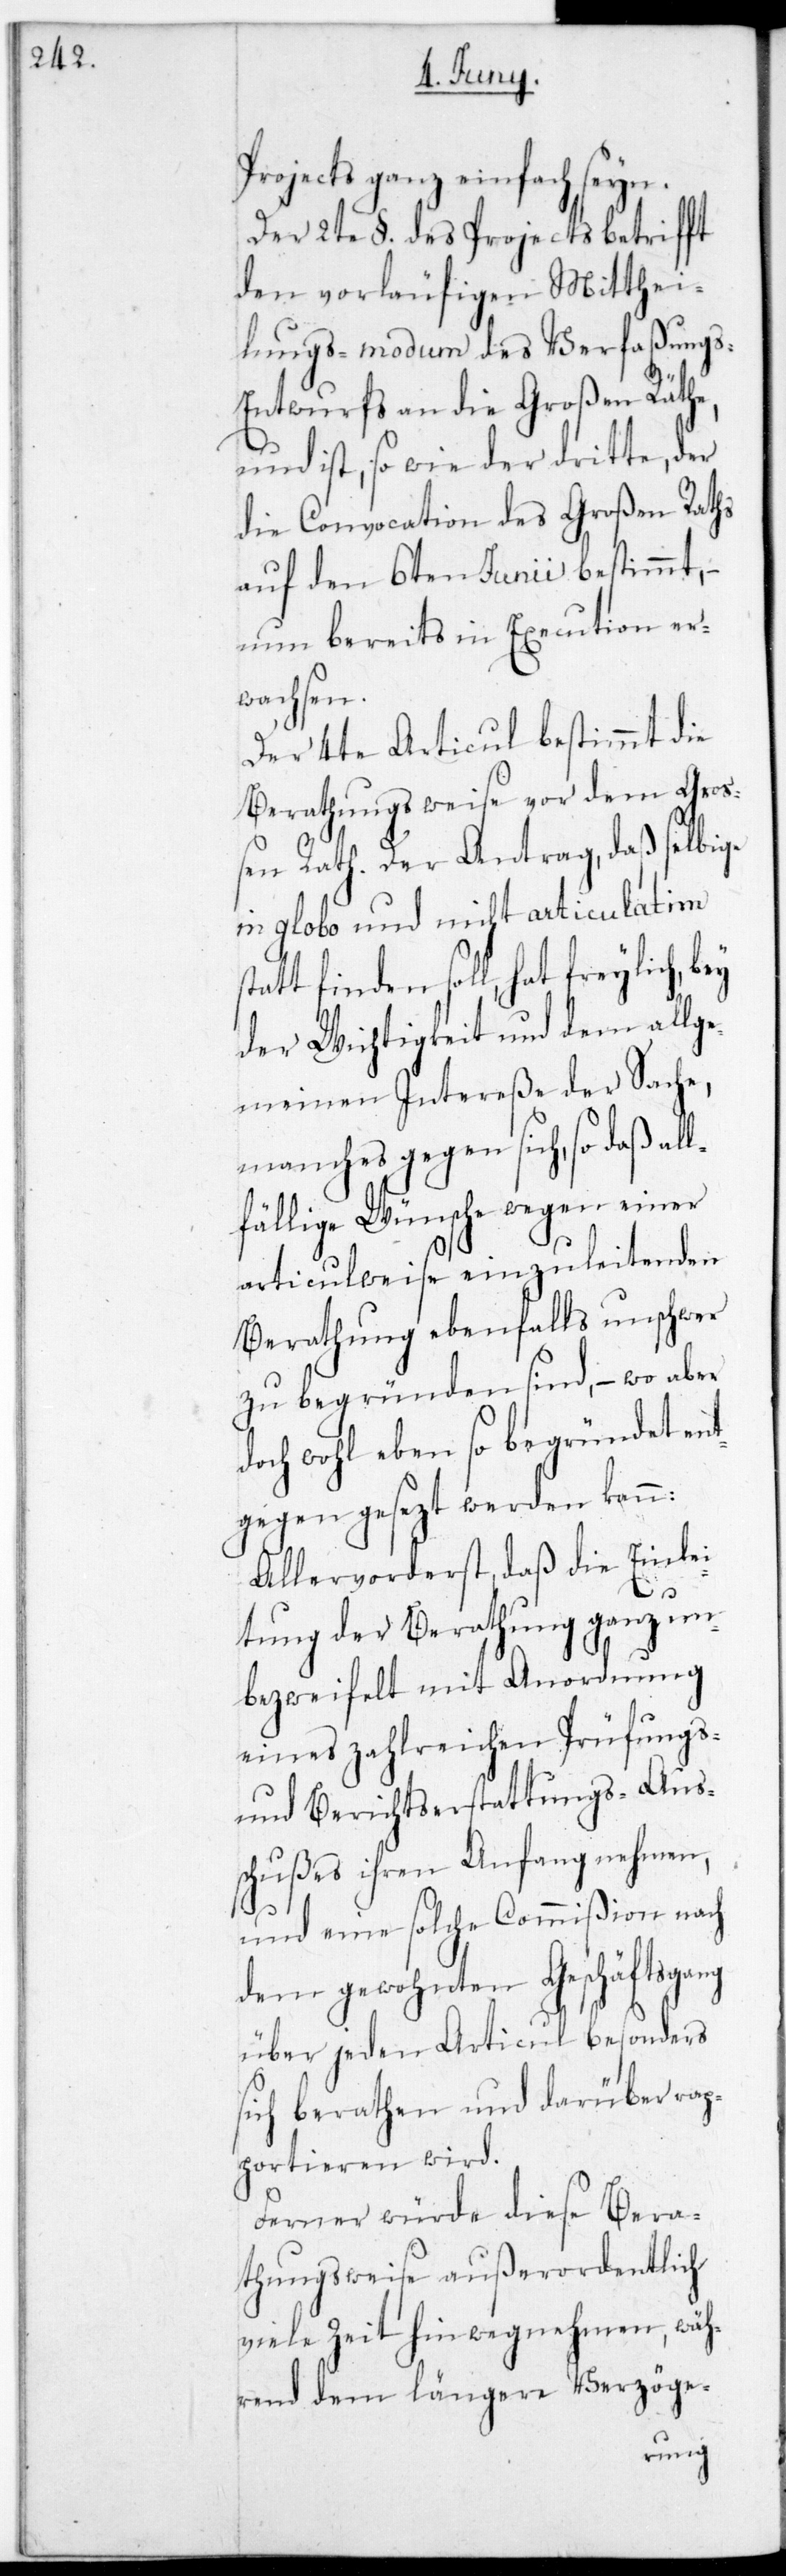
Projects ganz einfach sein.
zweyte §. des Projects betrifft
den vorläufigen Mitthei¬
lungs-modum des Verfaßung¬
s-Entwurfs an die Großen Räthe,
und ist, so wie der dritte, der
die Convocation des Großen Raths
auf den 6ten Junii bestimmt, –
nun bereits in Execution er¬
wachsen.
vierte Articul bestimmt die
Berathungsweise vor dem Groß¬
en Rath. Der Antrag, daß selbige
in globo und nicht articulatim
tattfinden soll, hat freilich,
der Wichtigkeit und dem allge¬
meinen Intereße der Sache,
manches gegen sich, so daß all¬
fählige Wünsche wegen einer
articulweise einzuleitenden
Berathung ebenfalls unschwer
zu begründen sind, – wo aber
doch wohl eben so begründet ent¬
gegengesezt werden kann:
Allervorderst daß die Einlei¬
s¬
tung der Berathung ganz un¬
bezweifelt mit Anordnung
eines zahlreichen Prüfungs-
und Berichtserstattungs-Auß¬
chußes ihren Anfang nehmen,
und eine solche Commißion nach
dem gewohnten Geschäftsgang
über jeden Articul besonders
sich beraten und darüber rap¬
portieren wird.
Ferner würde diese Bera¬
thungsweise außerordentlich
viele Zeit hinwegnehmen, wäh¬
rend dem längere Verzöge-